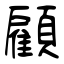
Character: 顧